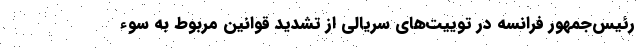
رئیس‌جمهور فرانسه در توییت‌های سریالی از تشدید قوانین مربوط به سوء